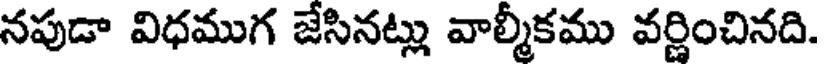
నపుడా విధముగ జేసినట్లు వాల్మీకము వర్ణించినది.